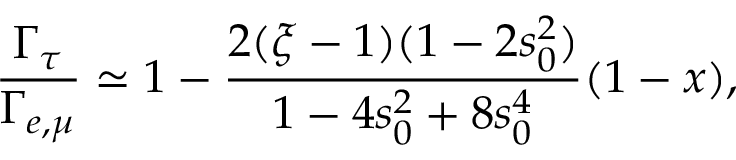
{ \frac { \Gamma _ { \tau } } { \Gamma _ { e , \mu } } } \simeq 1 - { \frac { 2 ( \xi - 1 ) ( 1 - 2 s _ { 0 } ^ { 2 } ) } { 1 - 4 s _ { 0 } ^ { 2 } + 8 s _ { 0 } ^ { 4 } } } ( 1 - x ) ,